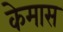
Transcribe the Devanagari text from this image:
केमास